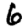
Digit: 6